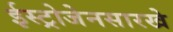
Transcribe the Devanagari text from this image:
ईस्ट्रोजेनसारखे